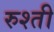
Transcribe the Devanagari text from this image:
रुश्ती